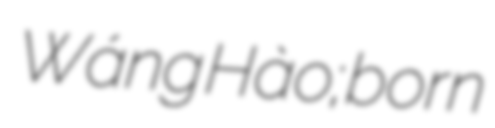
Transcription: Wáng Hào; born